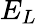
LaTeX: E_{L}